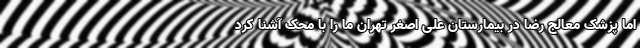
اما پزشک معالج رضا در بیمارستان علی اصغر تهران ما را با محک آشنا کرد